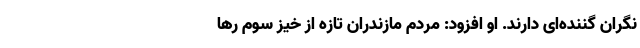
نگران گننده‌ای دارند. او افزود: مردم مازندران تازه از خیز سوم رها